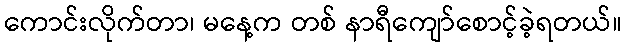
ကောင်းလိုက်တာ၊ မနေ့က တစ် နာရီကျော်စောင့်ခဲ့ရတယ်။